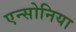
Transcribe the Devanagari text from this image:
एन्सोनिया